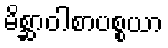
မိစ္ဆာဝါစာပစ္စယာ